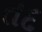
તદ